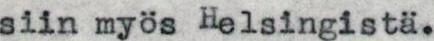
siin myös Helsingistä.